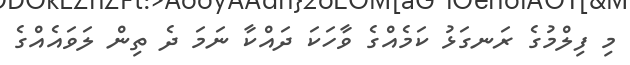
މި ފިލްމުގެ ރަނގަޅު ކަމެއްގެ ވާހަކަ ދައްކާ ނަމަ ދެ ތިން ލަވައެއްގެ